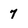
Character: 7